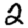
Digit: 2